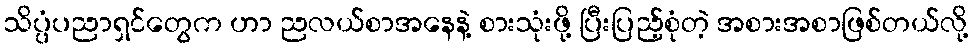
သိပ္ပံပညာရှင်တွေက ဟာ ညလယ်စာအနေနဲ့ စားသုံးဖို့ ပြီးပြည့်စုံတဲ့ အစားအစာဖြစ်တယ်လို့